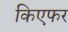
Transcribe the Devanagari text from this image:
किएफर